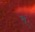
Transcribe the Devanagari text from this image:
ऊयू